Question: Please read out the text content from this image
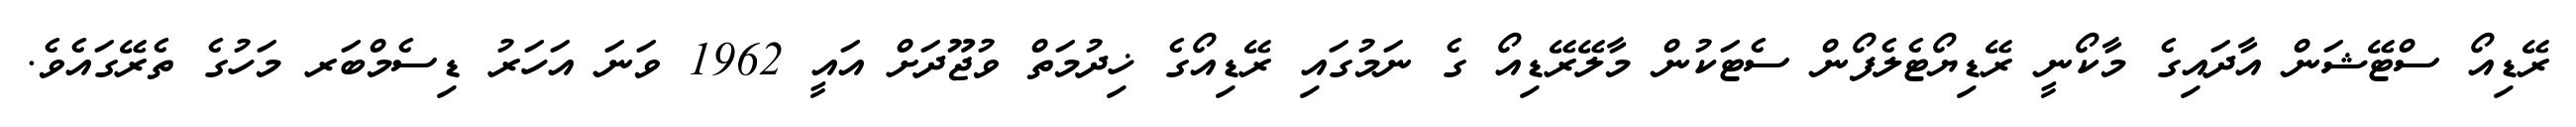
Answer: ރޭޑިއޯ ސްޓޭޝަން އާދައިގެ މާކޯނީ ރޭޑިޔޯޓެލެފޯން ސެޓަކުން މާލޭރޭޑިއޯ ގެ ނަމުގައި ރޭޑިއޯގެ ޚިދުމަތް ވުޖޫދަށް އައީ 1962 ވަނަ އަހަރު ޑިސެމްބަރ މަހުގެ ތެރޭގައެވެ.